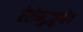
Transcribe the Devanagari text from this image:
ऐलेम्टुज़ुमैब